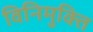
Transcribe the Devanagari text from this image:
विनिमुक्ति